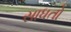
સાધતો